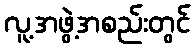
လူ့အဖွဲ့အစည်းတွင်